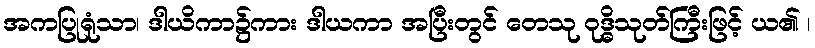
အကပြုရုံသာ၊ ဒါယိကာ၌ကား ဒါယကာ အပြီးတွင် တေသု ဝုဒ္ဓိသုတ်ကြီးဖြင့် ယ၏ ၊